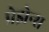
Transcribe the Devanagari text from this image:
प्रेझेन्स